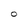
Character: O